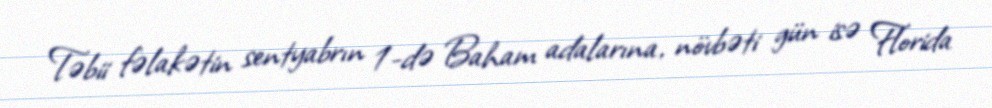
Təbii fəlakətin sentyabrın 1-də Baham adalarına, növbəti gün isə Florida